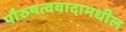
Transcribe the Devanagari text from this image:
पौरुषत्ववादामधील